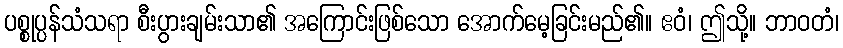
ပစ္စုပ္ပန်သံသရာ စီးပွားချမ်းသာ၏ အကြောင်းဖြစ်သော အောက်မေ့ခြင်းမည်၏။ ဧဝံ၊ ဤသို့။ ဘာဝတံ၊